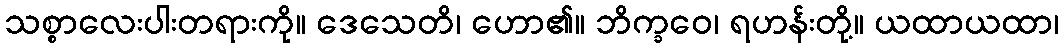
သစ္စာလေးပါးတရားကို။ ဒေသေတိ၊ ဟော၏။ ဘိက္ခဝေ၊ ရဟန်းတို့။ ယထာယထာ၊